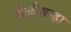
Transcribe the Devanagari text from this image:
वेळीब्रम्हा